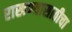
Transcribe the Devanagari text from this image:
राखण्यासाठीचा